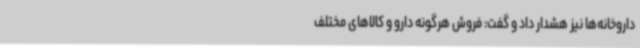
داروخانه‌ها نیز هشدار داد و گفت: فروش هرگونه دارو و کالاهای مختلف